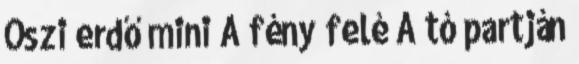
Őszi erdő mini A fény felé A tó partján